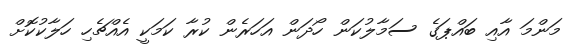
މަންމަ އާއި ބައްޕަގެ ސަމާލުކަން ހޯދަން އަހަރެން ކުރާ ކަމަކީ އެއްޗެހި ހަލާކުކޮށް